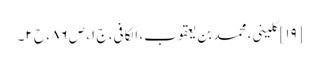
[۱۹] کلینی، محمد بن یعقوب، الکافی، ج ۱، ص ۸۶، ح ۲۔